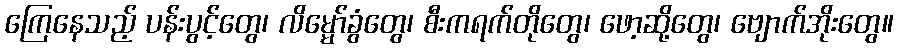
ကြေနေသည့် ပန်းပွင့်တွေ၊ လိမ္မော်ခွံတွေ၊ စီးကရက်တိုတွေ၊ ဖော့ဆို့တွေ၊ ဗျောက်အိုးတွေ။